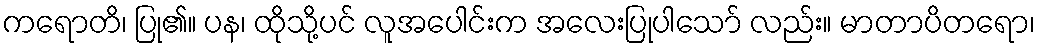
ကရောတိ၊ ပြု၏။ ပန၊ ထိုသို့ပင် လူအပေါင်းက အလေးပြုပါသော် လည်း။ မာတာပိတရော၊